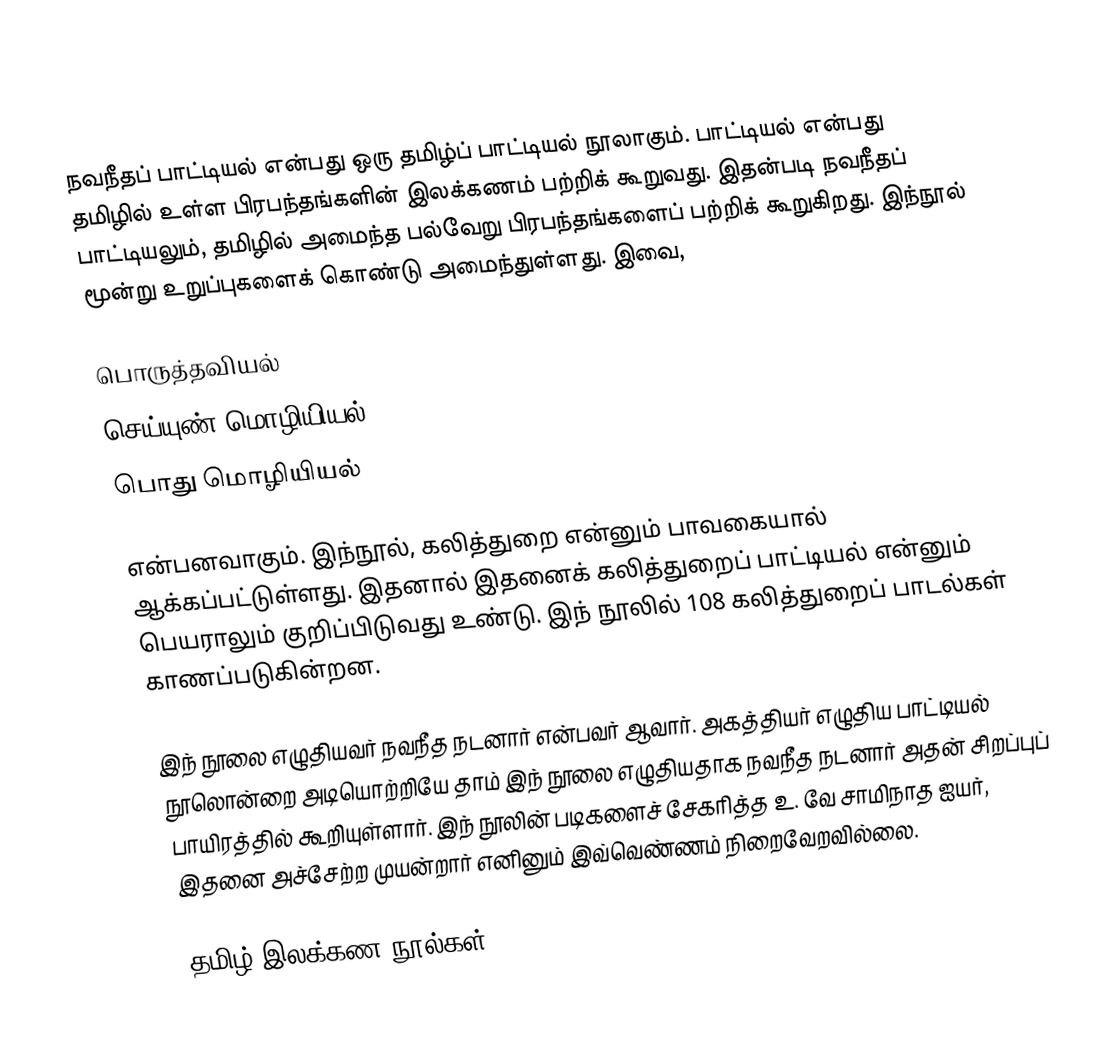
நவநீதப் பாட்டியல் என்பது ஒரு தமிழ்ப் பாட்டியல் நூலாகும். பாட்டியல் என்பது தமிழில் உள்ள பிரபந்தங்களின் இலக்கணம் பற்றிக் கூறுவது. இதன்படி நவநீதப் பாட்டியலும், தமிழில் அமைந்த பல்வேறு பிரபந்தங்களைப் பற்றிக் கூறுகிறது. இந்நூல் மூன்று உறுப்புகளைக் கொண்டு அமைந்துள்ளது. இவை,

 பொருத்தவியல்
 செய்யுண் மொழியியல்
 பொது மொழியியல்

என்பனவாகும். இந்நூல், கலித்துறை என்னும் பாவகையால் ஆக்கப்பட்டுள்ளது. இதனால் இதனைக் கலித்துறைப் பாட்டியல் என்னும் பெயராலும் குறிப்பிடுவது உண்டு. இந் நூலில் 108 கலித்துறைப் பாடல்கள் காணப்படுகின்றன.

இந் நூலை எழுதியவர் நவநீத நடனார் என்பவர் ஆவார். அகத்தியர் எழுதிய பாட்டியல் நூலொன்றை அடியொற்றியே தாம் இந் நூலை எழுதியதாக நவநீத நடனார் அதன் சிறப்புப் பாயிரத்தில் கூறியுள்ளார். இந் நூலின் படிகளைச் சேகரித்த உ. வே சாமிநாத ஐயர், இதனை அச்சேற்ற முயன்றார் எனினும் இவ்வெண்ணம் நிறைவேறவில்லை.

தமிழ் இலக்கண நூல்கள்